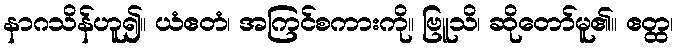
နာဂသိန်ဟူ၍။ ယံဧတံ၊ အကြင်စကားကို။ ဗြူသိ၊ ဆိုတော်မူ၏။ ဧတ္ထ၊